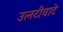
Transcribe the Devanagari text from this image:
उलटीवाटे